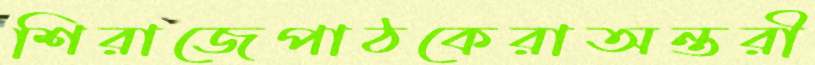
শিরাজেপাঠকেরাঅন্তরী